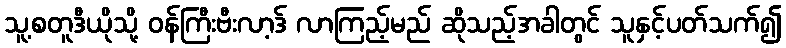
သူ့စတူဒီယိုသို့ ဝန်ကြီးဗီးလာ့ဒ် လာကြည့်မည် ဆိုသည့်အခါတွင် သူနှင့်ပတ်သက်၍